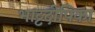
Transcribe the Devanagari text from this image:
भाट्टदीपिका